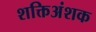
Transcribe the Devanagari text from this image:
शक्तिअंशक